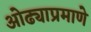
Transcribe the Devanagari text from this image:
ओढ्याप्रमाणे